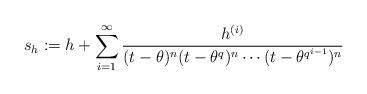
LaTeX: \begin{align*}s_h:=h+\sum_{i=1}^{\infty}{\frac{h^{(i)}}{(t-\theta)^n(t-\theta^q)^n \cdots (t-\theta^{q^{i-1}})^n}}\end{align*}